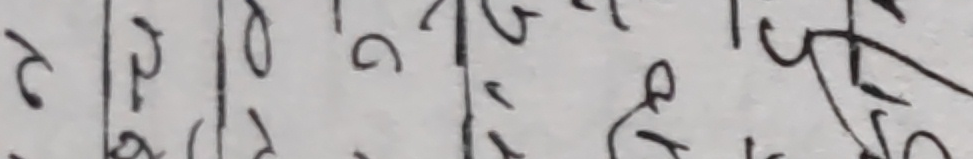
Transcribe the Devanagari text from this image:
२।६०